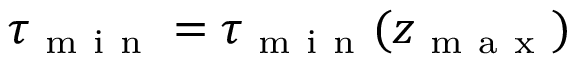
\tau _ { \mathrm { ~ m ~ i ~ n ~ } } = \tau _ { \mathrm { ~ m ~ i ~ n ~ } } ( z _ { \mathrm { ~ m ~ a ~ x ~ } } )